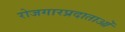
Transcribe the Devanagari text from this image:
रोजगारप्रदाताओं